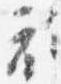
衣